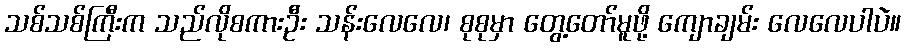
သစ်သစ်ကြီးက သည်လိုစကားဦး သန်းလေလေ၊ စုစုမှာ တွေ့တော်မူဖို့ ကျောချမ်း လေလေပါပဲ။